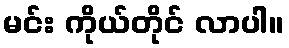
မင်း ကိုယ်တိုင် လာပါ။